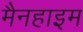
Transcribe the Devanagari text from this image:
मैनहाइम